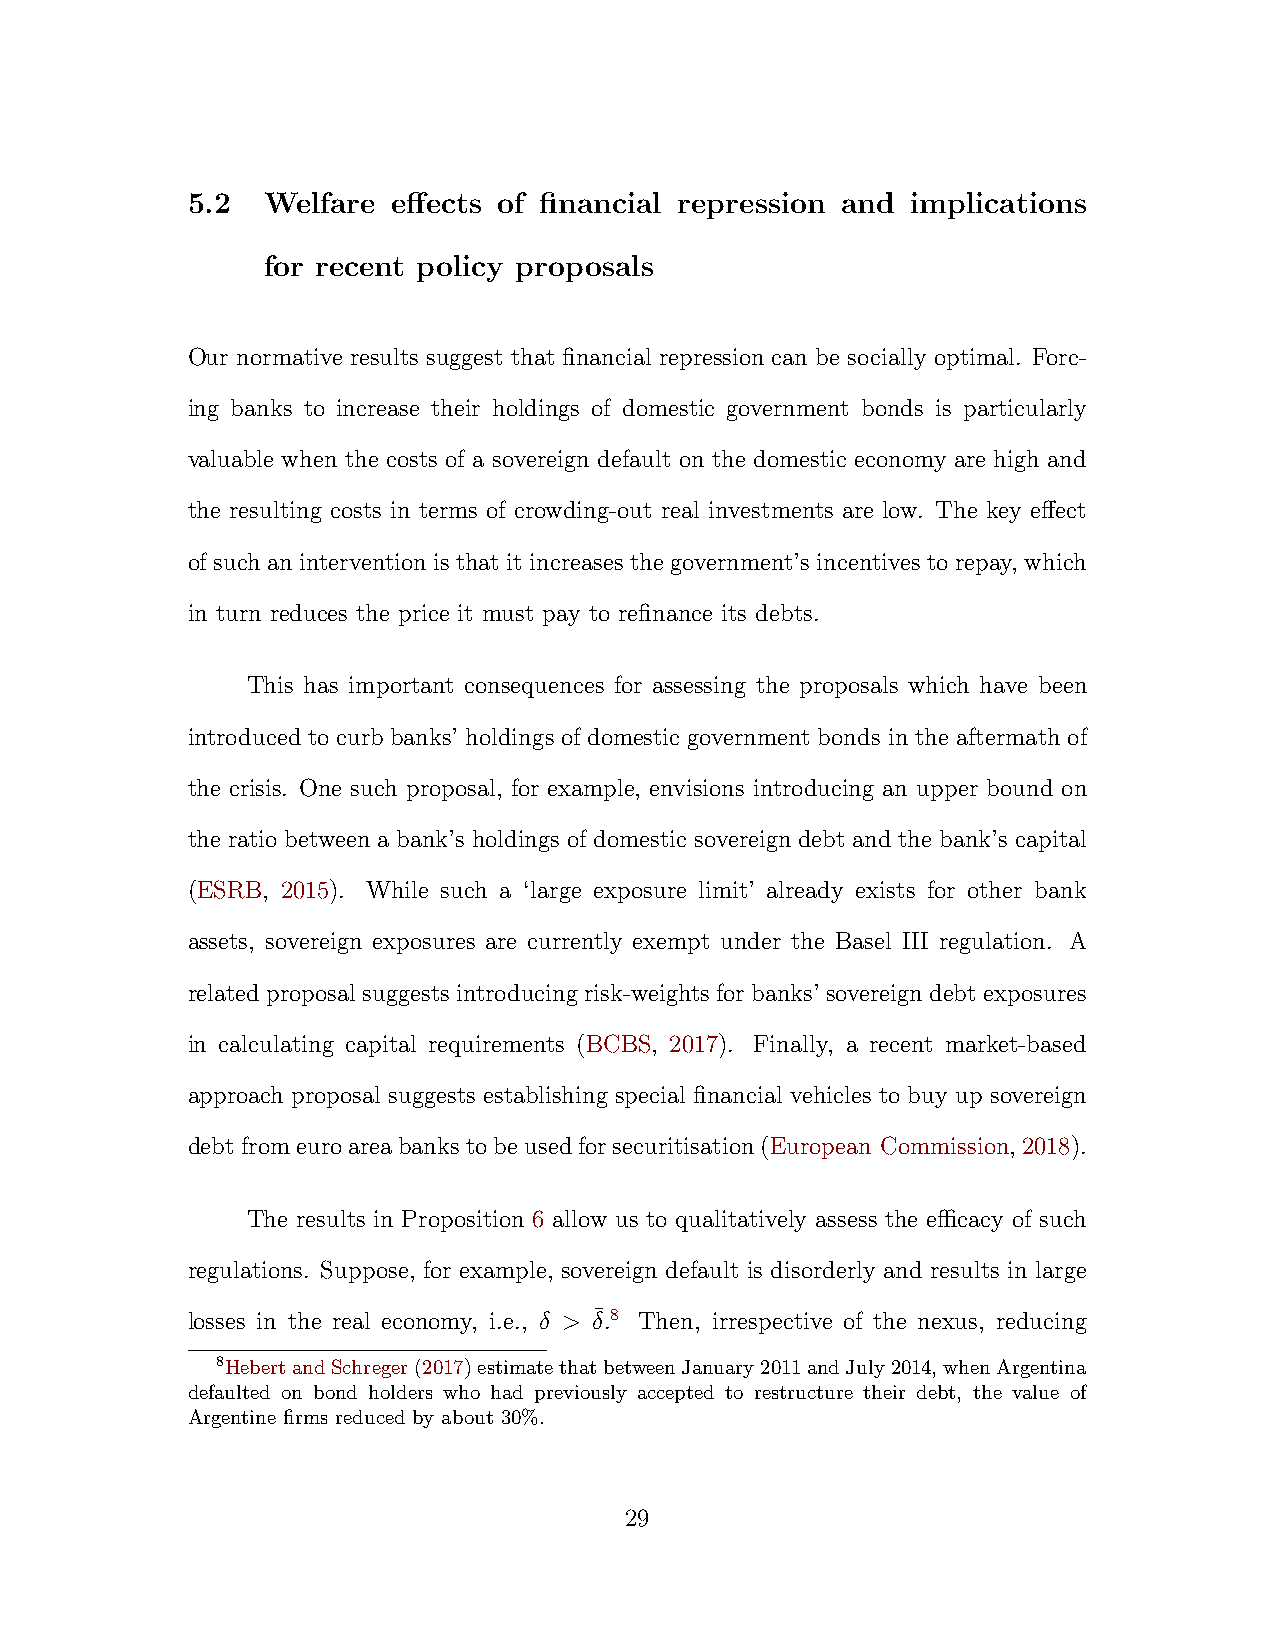
5.2  Welfare  effects of financial repression and implications
 for recent policy proposals
 Our normative results suggest that financial repression can be socially optimal. Forc-
 ing banks to increase their holdings of domestic government bonds is particularly
 valuable when the costs of a sovereign default on the domestic economy are high and
 the resulting costs in terms of crowding-out real investments are low. The key effect
 of such an intervention is that it increases the government’s incentives to repay, which
 in turn reduces the price it must pay to refinance its debts.
 This has important consequences for assessing the proposals which have been
 introduced to curb banks’ holdings of domestic government bonds in the aftermath of
 the crisis. One such proposal, for example, envisions introducing an upper bound on
 the ratio between a bank’s holdings of domestic sovereign debt and the bank’s capital
 (ESRB, 2015). While such a ‘large exposure limit’ already exists for other bank
 assets, sovereign exposures are currently exempt under the Basel III regulation. A
 related proposal suggests introducing risk-weights for banks’ sovereign debt exposures
 in calculating capital requirements (BCBS, 2017). Finally, a recent market-based
 approach proposal suggests establishing special financial vehicles to buy up sovereign
 debtfromeuroareabankstobeusedforsecuritisation(European Commission,2018).
 The results in Proposition 6 allow us to qualitatively assess the efficacy of such
 regulations. Suppose, for example, sovereign default is disorderly and results in large
 losses in the real economy, i.e., δ > δ¯ .8 Then, irrespective of the nexus, reducing
 8HebertandSchreger(2017)estimatethatbetweenJanuary2011andJuly2014,whenArgentina
 defaulted on bond holders who had previously accepted to restructure their debt, the value of
 Argentine firms reduced by about 30%.
 29